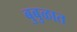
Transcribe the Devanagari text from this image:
बुबुळात